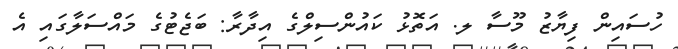
ހުސައިން ފިޔާޒު މޫސާ ލ. އަތޮޅު ކައުންސިލްގެ އިދާރާ: ބަޖެޓުގެ މައްސަލާގައި އެ